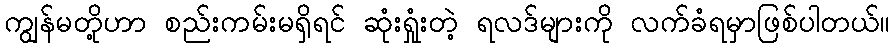
ကျွန်မတို့ဟာ စည်းကမ်းမရှိရင် ဆုံးရှုံးတဲ့ ရလဒ်များကို လက်ခံရမှာဖြစ်ပါတယ်။